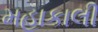
મહાકાલી